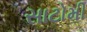
સાટોમી